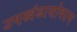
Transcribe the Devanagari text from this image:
उपखंडासोबतच